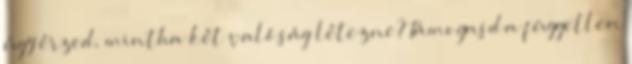
úgy érzed, mintha két valóság létezne? Támogasd a független